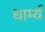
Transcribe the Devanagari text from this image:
धार्म्य